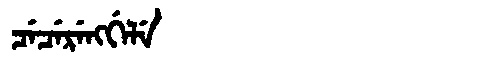
Manchu: ᠴᡝᠴᡝᡵᡝᠩᡤᡝᠯᡝ
Romanization: CECERENGGELE